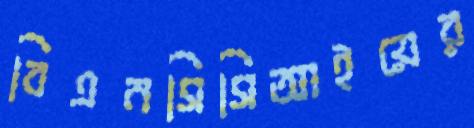
বিএনসিসিআইয়ের